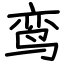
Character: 鸾